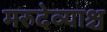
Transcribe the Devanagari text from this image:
मरुदेव्याश्च